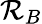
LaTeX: \mathcal{R}_{B}